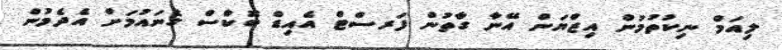
ލިއަމް ނިކުތުމުން އިޒްޔަން އޭނާ ގާތުން ފަރސްޓް އެއިޑް ބޮކްސް ގެނައުމަށް އެދެމުން